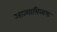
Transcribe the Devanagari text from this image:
आत्माभिव्यक्त